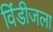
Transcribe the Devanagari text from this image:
विंडीजला